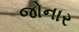
જોનાર